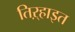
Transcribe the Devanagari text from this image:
तिऱ्हाइत